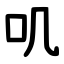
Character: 叽